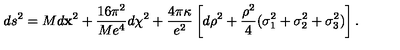
d s ^ { 2 } = M d { \bf x } ^ { 2 } + { \frac { 1 6 \pi ^ { 2 } } { M e ^ { 4 } } } d \chi ^ { 2 } + \frac { 4 \pi \kappa } { e ^ { 2 } } \left[ d \rho ^ { 2 } + { \frac { \rho ^ { 2 } } { 4 } } ( \sigma _ { 1 } ^ { 2 } + \sigma _ { 2 } ^ { 2 } + \sigma _ { 3 } ^ { 2 } ) \right] .